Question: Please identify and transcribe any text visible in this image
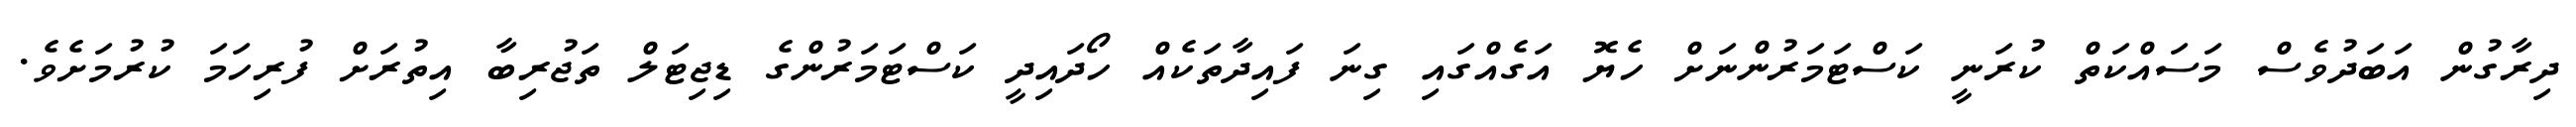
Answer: ދިރާގުން އަބަދުވެސް މަސައްކަތް ކުރަނީ ކަސްޓަމަރުންނަށް ހެޔޮ އަގެއްގައި ގިނަ ފައިދާތަކެއް ހޯދައިދީ ކަސްޓަމަރުންގެ ޑިޖިޓަލް ތަޖުރިބާ އިތުރަށް ފުރިހަމަ ކުރުމަށެވެ.